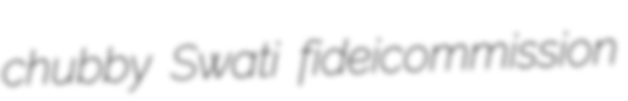
chubby Swati fideicommission